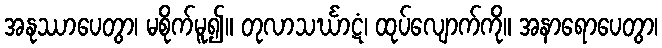
အနုဿာပေတွာ၊ မစိုက်မူ၍။ တုလာသင်္ဃာဋံ၊ ထုပ်လျောက်ကို။ အနာရောပေတွာ၊